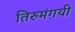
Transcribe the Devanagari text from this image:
तिरुमंगयी